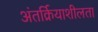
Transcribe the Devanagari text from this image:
अंतर्क्रियाशीलता